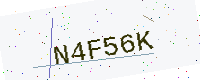
Text: N4F56K